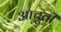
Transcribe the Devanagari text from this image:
आचुती